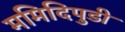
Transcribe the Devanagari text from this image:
ममिदिपुडी